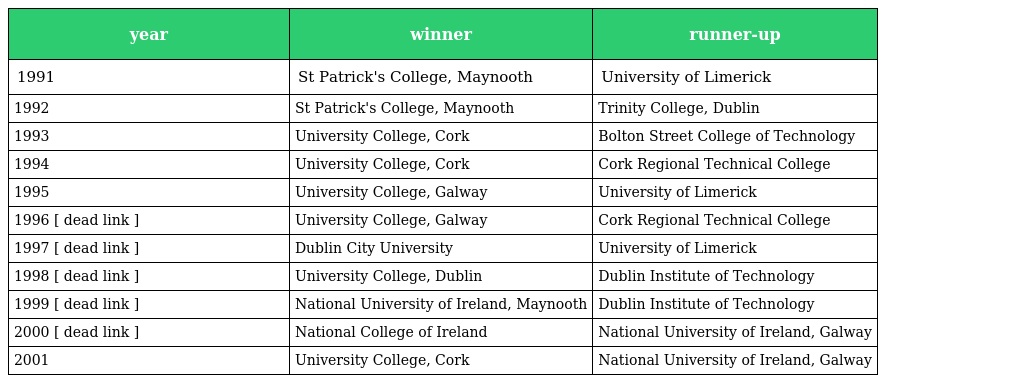
| year | winner | runner-up |
 | --- | --- | --- |
 | 1991 | St Patrick's College, Maynooth | University of Limerick |
 | 1992 | St Patrick's College, Maynooth | Trinity College, Dublin |
 | 1993 | University College, Cork | Bolton Street College of Technology |
 | 1994 | University College, Cork | Cork Regional Technical College |
 | 1995 | University College, Galway | University of Limerick |
 | 1996 [ dead link ] | University College, Galway | Cork Regional Technical College |
 | 1997 [ dead link ] | Dublin City University | University of Limerick |
 | 1998 [ dead link ] | University College, Dublin | Dublin Institute of Technology |
 | 1999 [ dead link ] | National University of Ireland, Maynooth | Dublin Institute of Technology |
 | 2000 [ dead link ] | National College of Ireland | National University of Ireland, Galway |
 | 2001 | University College, Cork | National University of Ireland, Galway |